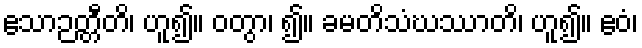
ဧသာဉတ္တီတိ၊ ဟူ၍။ ဝတွာ၊ ၍။ ခမတိသံဃဿာတိ၊ ဟူ၍။ ဧဝံ၊